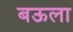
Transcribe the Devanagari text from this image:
बऊला